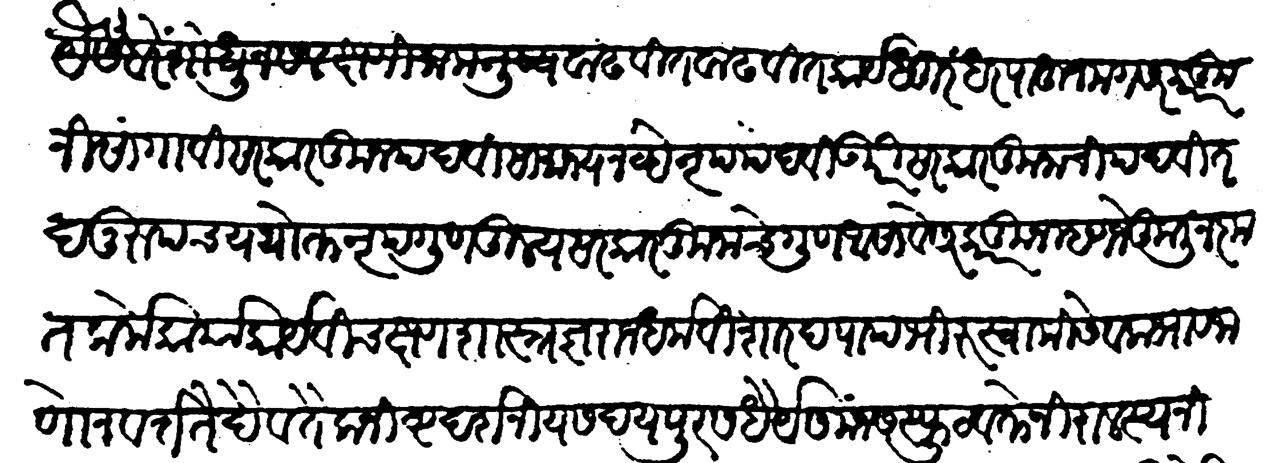
Transliteration (Devanagari): वाढवीत वाढवीत कार्यधुरंधर पाहून मग सरकारकुनी सांगावी सरकारकून पदवी सामान्य नव्हे नृपपदवीउपरी सरकारकुनाची पदवी तदनुरूपच यथोक्त नृपगुणतुल्य सरकारकुनाचे गुण आसावे सरकारकून म्हणजे कुलीन कृतकर्मे कार्याकार्यविचक्षण शास्त्रज्ञ राजधर्मविशारद पापभीरु स्वामिसेवकमाव जाणोन वर्तते दैवतैकनिष्ठ दर्शनीय सदयपूर सधैर्य समंजस स्फुटवक्ते निरालस्य निराग्रही